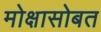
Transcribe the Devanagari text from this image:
मोक्षासोबत